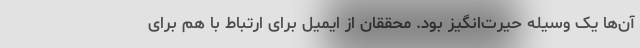
آن‌ها یک وسیله حیرت‌انگیز بود. محققان از ایمیل برای ارتباط با هم برای